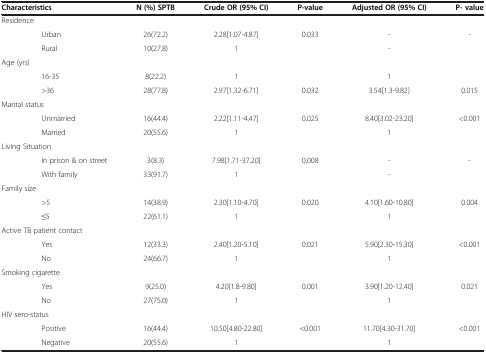
| Characteristics | N (%) SPTB | Crude OR (95% CI) | P-value | Adjusted OR (95% CI) | P- value |
 | --- | --- | --- | --- | --- | --- |
 | Residence |  |  |  |  |  |
 | Urban | 26(72.2) | 2.28[1.07-4.87] | 0.033 | - | - |
 | Rural | 10(27.8) | 1 |  | - |  |
 | Age (yrs) |  |  |  |  |  |
 | 16-35 | 8(22.2) | 1 |  | 1 |  |
 | >36 | 28(77.8) | 2.97[1.32-6.71] | 0.032 | 3.54[1.3-9.82] | 0.015 |
 | Marital status |  |  |  |  |  |
 | Unmarried | 16(44.4) | 2.22[1.11-4.47] | 0.025 | 8.40[3.02-23.20] | <0.001 |
 | Married | 20(55.6) | 1 |  | 1 |  |
 | Living Situation |  |  |  |  |  |
 | In prison & on street | 3(8.3) | 7.98[1.71-37.20] | 0.008 | - | - |
 | With family | 33(91.7) | 1 |  | - |  |
 | Family size |  |  |  |  |  |
 | >5 | 14(38.9) | 2.30[1.10-4.70] | 0.020 | 4.10[1.60-10.80] | 0.004 |
 | ≤5 | 22(61.1) | 1 |  | 1 |  |
 | Active TB patient contact |  |  |  |  |  |
 | Yes | 12(33.3) | 2.40[1.20-5.10] | 0.021 | 5.90[2.30-15.30] | <0.001 |
 | No | 24(66.7) | 1 |  | 1 |  |
 | Smoking cigarette |  |  |  |  |  |
 | Yes | 9(25.0) | 4.20[1.8-9.80] | 0.001 | 3.90[1.20-12.40] | 0.021 |
 | No | 27(75.0) | 1 |  | 1 |  |
 | HIV sero-status |  |  |  |  |  |
 | Positive | 16(44.4) | 10.50[4.80-22.80] | <0.001 | 11.70[4.30-31.70] | <0.001 |
 | Negative | 20(55.6) | 1 |  | 1 |  |